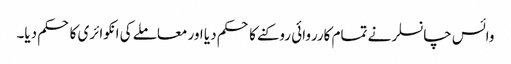
وائس چانسلر نے تمام کارروائی روکنے کا حکم دیا اور معاملے کی انکوائری کا حکم دیا۔